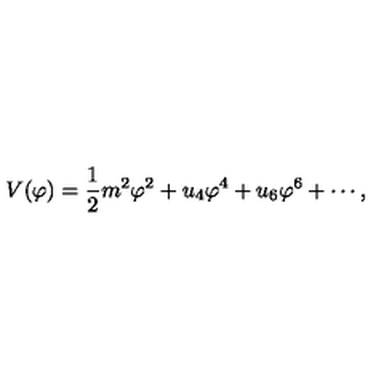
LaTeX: V ( \varphi ) = { \frac { 1 } { 2 } } m ^ { 2 } \varphi ^ { 2 } + u _ { 4 } \varphi ^ { 4 } + u _ { 6 } \varphi ^ { 6 } + \cdots ,